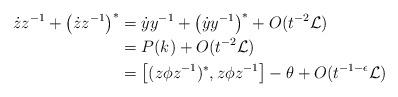
LaTeX: \begin{align*}\dot{z}z^{-1}+\left(\dot{z}z^{-1}\right)^* &= \dot{y}y^{-1}+\left(\dot{y}y^{-1}\right)^*+O(t^{-2}\mathcal L) \\&=P(k)+O(t^{-2}\mathcal L) \\&=\left[(z\phi z^{-1})^*,z\phi z^{-1}\right]-\theta+O(t^{-1-\epsilon}\mathcal L)\end{align*}